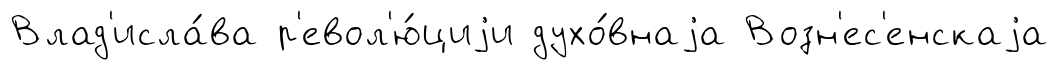
Влад'исла́ва р'евол'ю́циjи духо́внаjа Возн'ес'енскаjа